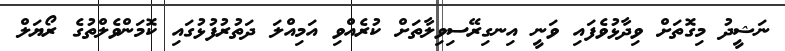
ނަޝީދު މިގޮތަށް ވިދާޅުވެފައި ވަނީ އިނގިރޭސިވިލާތަށް ކުރެއްވި އަމިއްލަ ދަތުރުފުޅުގައި ކޮމަންވެލްތުގެ ރޯޔަލް